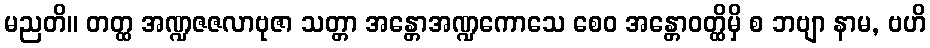
မညတိ။ တတ္ထ အဏ္ဍဇဇလာဗုဇာ သတ္တာ အန္တောအဏ္ဍကောသေ စေဝ အန္တောဝတ္ထိမှိ စ ဘဗျာ နာမ, ဗဟိ